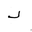
Letter: _dal